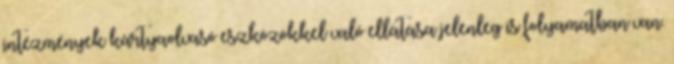
intézmények kártyaolvasó eszközökkel való ellátása jelenleg is folyamatban van.